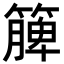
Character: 簲